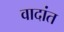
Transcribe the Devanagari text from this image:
वादांत